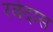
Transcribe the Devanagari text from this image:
रवेदास